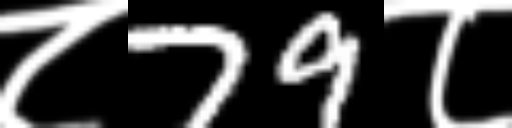
Text: ८79८